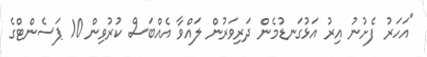
"އަހަރު ފެށުނު އިރު އަޅުގަނޑުމެން ދަރިވަރުން ލައްވާ އެއްބަސް ކުރުވިން 10 ޕަސެންޓްގެ